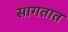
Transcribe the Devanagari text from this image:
सागतात